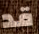
قد